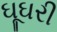
ઘૂઘરી